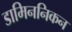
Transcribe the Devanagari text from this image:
डामिननिकन